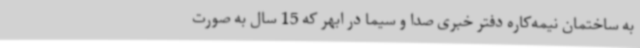
به ساختمان نیمه‌کاره دفتر خبری صدا و سیما در ابهر که 15 سال به صورت